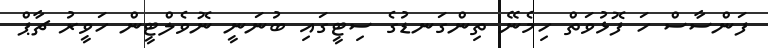
ފަންސާސް ހަ ފޮޅުވަތް ހިމެނޭ ތިންގަނޑުގެ ސިޓީގައި ބުނަނީ ނޮވެލްޓީން ހަވީރު ޗާޕް